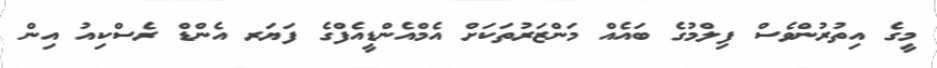
މީގެ އިތުރުންވެސް ފިލްމުގެ ބައެއް މަންޒަރުތަކަށް އެމްއެންޑީއެފްގެ ފަޔަރ އެންޑް ރެސްކިއު އިން